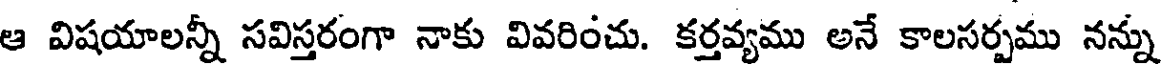
ఆ విషయాలన్నీ సవిస్తరంగా నాకు వివరించు. కర్తవ్యము అనే కాలసర్పము నన్ను